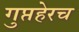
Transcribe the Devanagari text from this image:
गुप्तहेरच